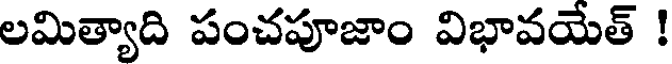
లమిత్యాది పంచపూజాం విభావయేత్ !